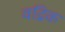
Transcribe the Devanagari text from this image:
वद्रिक